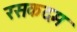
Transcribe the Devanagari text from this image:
रसकदम